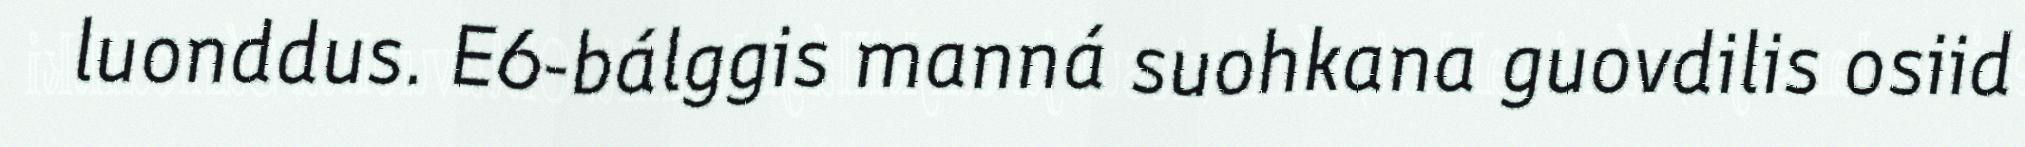
luonddus. E6-bálggis manná suohkana guovdilis osiid